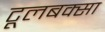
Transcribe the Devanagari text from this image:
टूलबक्सा